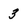
Character: 3